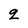
Character: q